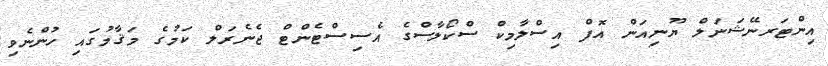
އިންޓަރނޭޝަނަލް ޔޫނިއަން އޮފް އިސްލާމިކް ސްކޯލާސްގެ އެސިސްޓެންޓް ޖެނެރަލް ކަމުގެ މަޤާމުގައި ހުންނެވި